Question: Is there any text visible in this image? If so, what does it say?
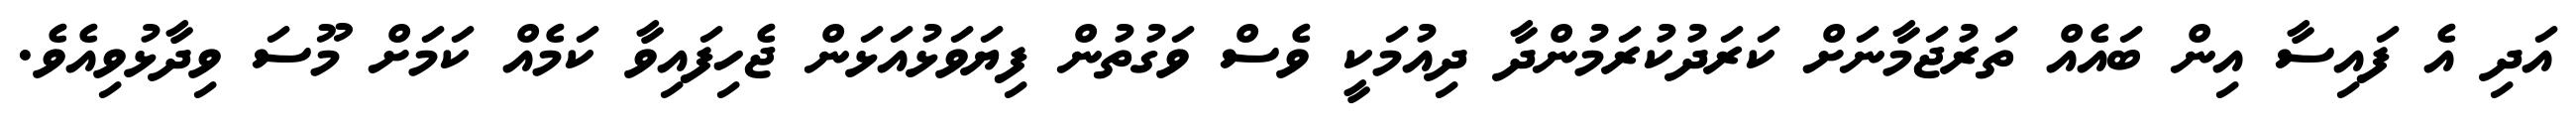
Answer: އަދި އެ ފައިސާ އިން ބައެއް ތަރުޖަމާނަށް ކަރަދުކުރަމުންދާ ދިއުމަކީ ވެސް ވަގުތުން ފިޔަވަޅުއަޅަން ޖެހިފައިވާ ކަމެއް ކަމަށް މޫސަ ވިދާޅުވިއެވެ.